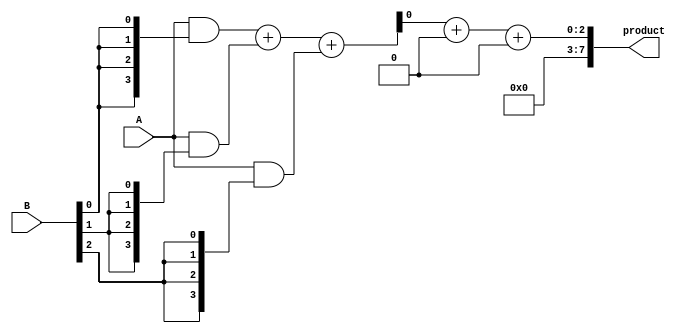
module wallace_tree_multiplier #(parameter N = 4) (
    input [N-1:0] A,
    input [N-1:0] B,
    output reg [2*N-1:0] product
);

    wire [N-1:0] pp [N-1:0]; // Partial products

    // Generate partial products
    genvar i, j;
    generate
        for (i = 0; i < N; i = i + 1) begin : pp_gen
            assign pp[i] = A & {N{B[i]}}; // AND operation
        end
    endgenerate

    // Wallace Tree Reduction
    wire [(N+1)-1:0] sum [2*N-2:0]; // Sums from adders
    wire [N-1:0] carry [2*N-2:0]; // Carries from adders
    
    // Stage 1 Reduction
    generate
        for (i = 0; i < N; i = i + 1) begin : stage1
            if (i % 3 == 0 && i + 2 < N) begin
                // Full adder for three inputs
                assign {carry[0][i/3], sum[0][i/3]} = pp[i] + pp[i+1] + pp[i+2];
            end else if (i % 3 == 0 && i + 1 < N) begin
                // Half adder for two inputs
                assign {carry[0][i/3], sum[0][i/3]} = pp[i] + pp[i+1];
            end else if (i % 3 == 1 || i % 3 == 2) begin
                // Direct connection for remaining inputs
                assign sum[0][i/3] = pp[i];
                assign carry[0][i/3] = 0;
            end
        end
    endgenerate

    // Stage 2 Reduction
    generate
        for (i = 0; i < (N+1)/3; i = i + 1) begin : stage2
            if (i % 2 == 0 && i + 1 < (N+1)/3) begin
                assign {carry[1][i/2], sum[1][i/2]} = sum[0][i] + sum[0][i+1] + carry[0][i]; // Full adder
            end else if (i % 2 == 0) begin
                assign sum[1][i/2] = sum[0][i];
                assign carry[1][i/2] = carry[0][i];
            end
        end
    endgenerate

    // Final addition
    always @(*) begin
        // The final product is the sum of the last two sums
        product = 0;
        product = sum[1][0] + carry[1][0] + (N <= 4 ? sum[1][1] : 0);
    end

endmodule